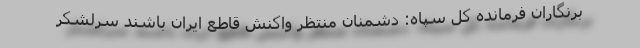
برنگاران فرمانده کل سپاه: دشمنان منتظر واکنش قاطع ایران باشند سرلشکر